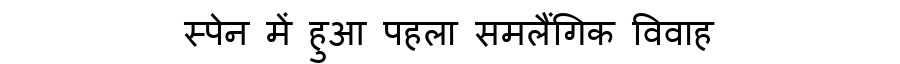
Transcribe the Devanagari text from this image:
स्पेन में हुआ पहला समलैंगिक विवाह